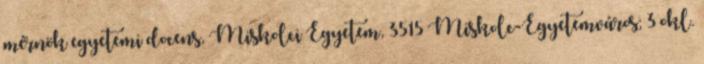
mérnök egyetemi docens, Miskolci Egyetem, 3515 Miskolc-Egyetemváros; 3 okl.